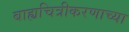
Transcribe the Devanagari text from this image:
बाह्यचित्रीकरणाच्या